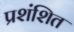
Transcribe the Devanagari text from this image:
प्रशंशित